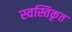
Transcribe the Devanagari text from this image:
स्वस्तिकृत